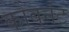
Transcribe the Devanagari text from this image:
कोवनंट